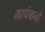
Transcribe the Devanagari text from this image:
मापंकनों